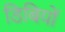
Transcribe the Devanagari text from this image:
डिबियों